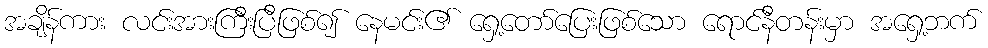
အချိန်ကား လင်းအားကြီးပြီဖြစ်၍ နေမင်း၏ ရှေ့တော်ပြေးဖြစ်သော ရောင်နီတန်းမှာ အရှေ့ဘက်